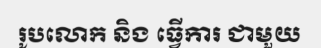
រូបលោក និង ធ្វើការ ជាមួយ